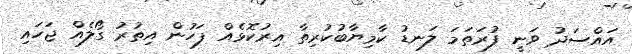
އައްސަދު ވަނީ ފުރަތަމަ ލަނޑު ކާމިޔާބުކުރިތާ އިރުކޮޅެއް ފަހުން އިތުރު ގޯލެއް ޖަހައި